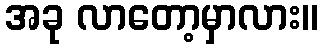
အခု လာတော့မှာလား။